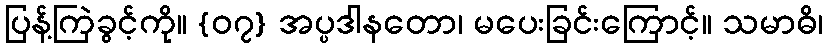
ပြန့်ကြဲခွင့်ကို။ {၀၇} အပ္ပဒါနတော၊ မပေးခြင်းကြောင့်။ သမာဓိ၊